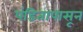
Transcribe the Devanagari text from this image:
पंडितापासून